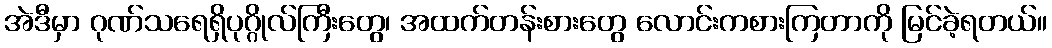
အဲဒီမှာ ဂုဏ်သရေရှိပုဂ္ဂိုလ်ကြီးတွေ၊ အထက်တန်းစားတွေ လောင်းကစားကြတာကို မြင်ခဲ့ရတယ်။